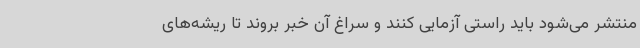
منتشر می‌شود باید راستی آزمایی کنند و سراغ آن خبر بروند تا ریشه‌های